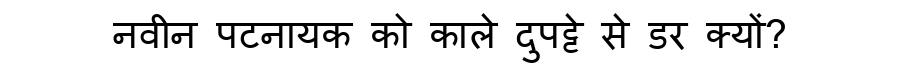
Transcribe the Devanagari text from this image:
नवीन पटनायक को काले दुपट्टे से डर क्यों?